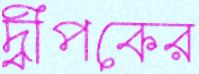
দ্বীপকের